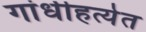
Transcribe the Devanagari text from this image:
गांधीहत्येत